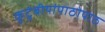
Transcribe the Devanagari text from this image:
कुटुंबीयांपाठोपाठ